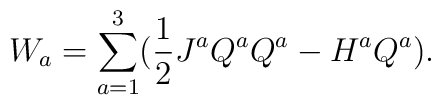
W_a=\sum_{a=1}^{3}(\frac{1}{2}J^aQ^{a}Q^a-H^a Q^a).